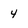
Character: 4